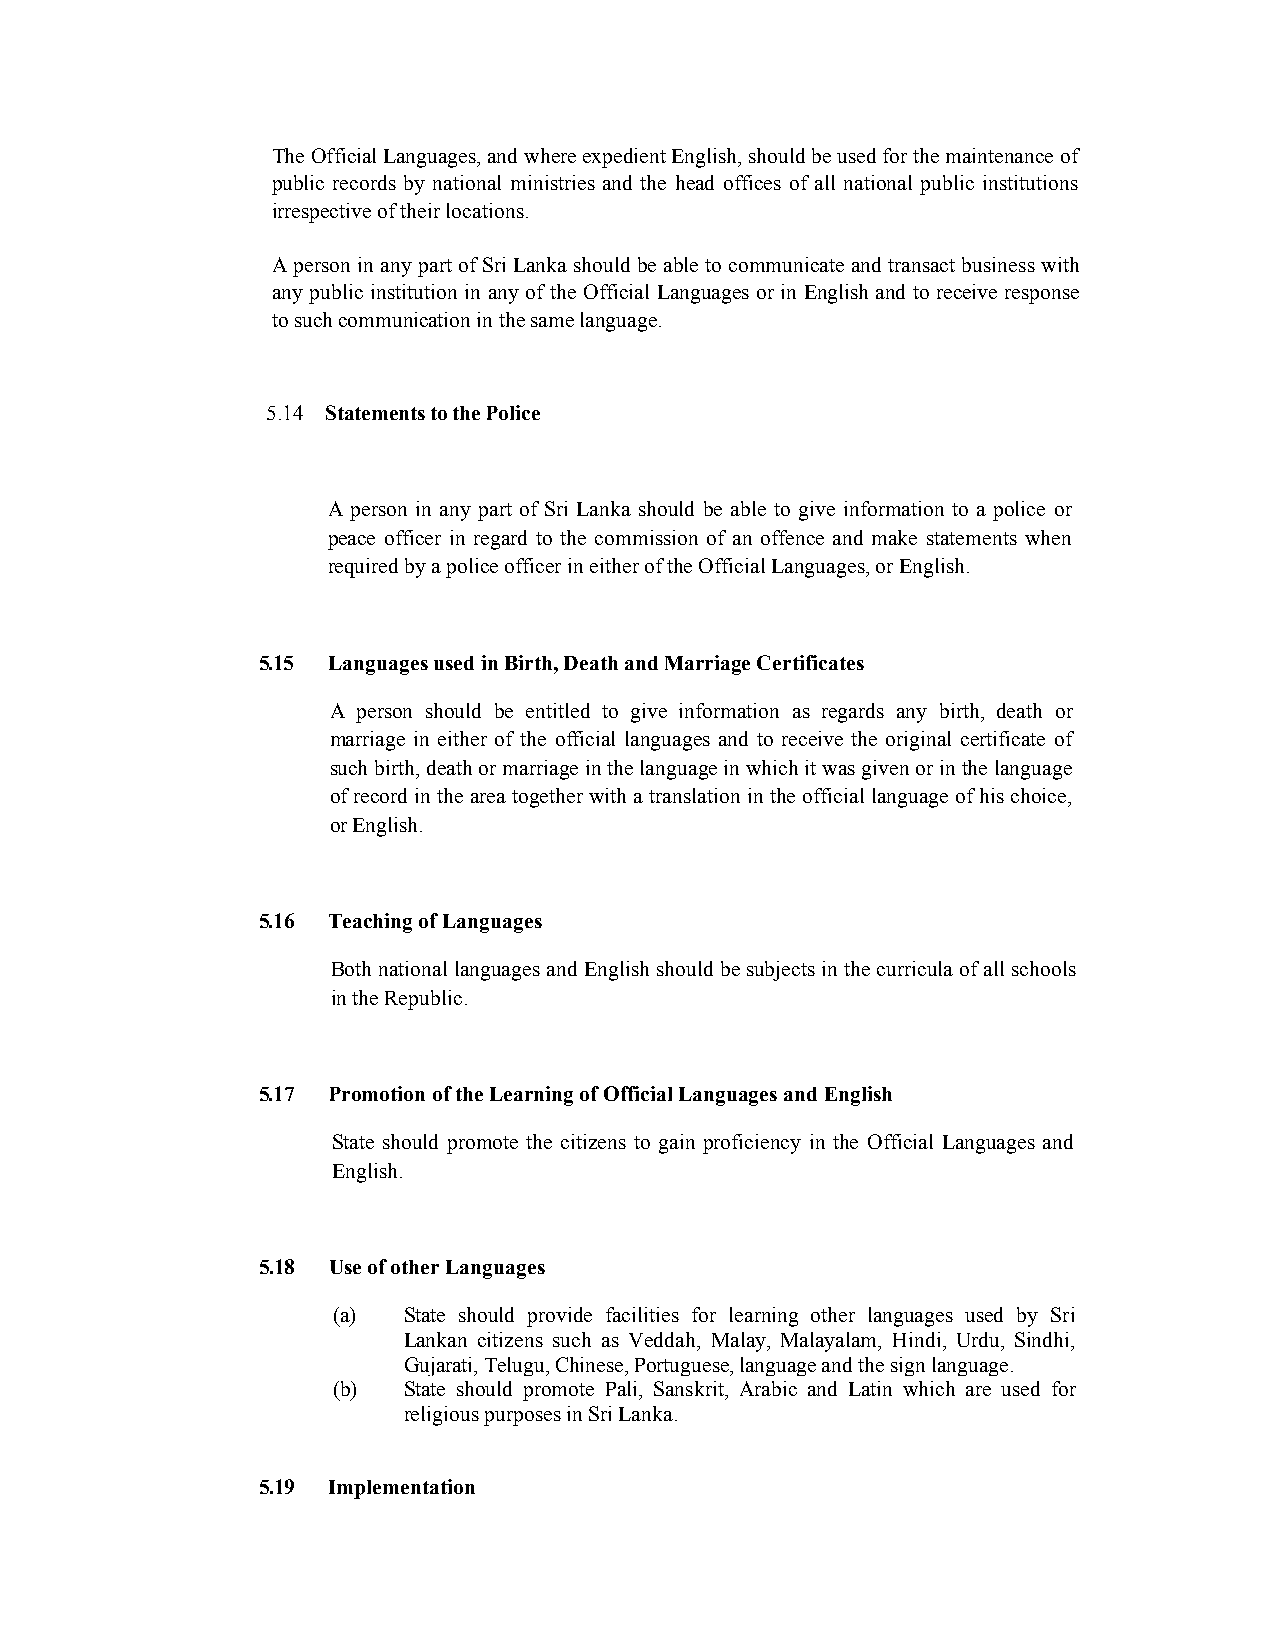
The Official Languages, and where expedient English, should be used for the maintenance of
 public records by national ministries and the head offices of all national public institutions
 irrespective of their locations.
 A person in any part of Sri Lanka should be able to communicate and transact business with
 any public institution in any of the Official Languages or in English and to receive response
 to such communication in the same language.
 5.14 Statements to the Police
 A person in any part of Sri Lanka should be able to give information to a police or
 peace officer in regard to the commission of an offence and make statements when
 required by a police officer in either of the Official Languages, or English.
 5.15 Languages used in Birth, Death and Marriage Certificates
 A person should be entitled to give information as regards any birth, death or
 marriage in either of the official languages and to receive the original certificate of
 such birth, death or marriage in the language in which it was given or in the language
 of record in the area together with a translation in the official language of his choice,
 or English.
 5.16 Teaching of Languages
 Both national languages and English should be subjects in the curricula of all schools
 in the Republic.
 5.17 Promotion of the Learning of Official Languages and English
 State should promote the citizens to gain proficiency in the Official Languages and
 English.
 5.18 Use of other Languages
 (a)  State should provide facilities for learning other languages used by Sri
 Lankan citizens such as Veddah, Malay, Malayalam, Hindi, Urdu, Sindhi,
 Gujarati, Telugu, Chinese, Portuguese, language and the sign language.
 (b)  State should promote Pali, Sanskrit, Arabic and Latin which are used for
 religious purposes in Sri Lanka.
 5.19 Implementation